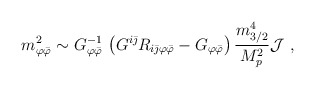
\begin{align*}m_{\varphi{\bar\varphi}}^2\sim G^{-1}_{\varphi{\bar\varphi}}\,\left( G^{i{\bar\jmath}}R_{i{\bar\jmath}\varphi{\bar\varphi}}-G_{\varphi{\bar\varphi}}\right){m_{3/2}^4\over M_p^2}{\cal J}\ ,\end{align*}